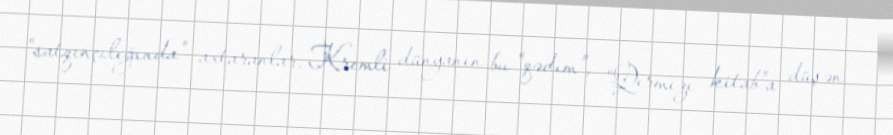
“satqınçılığında” axtaranlar, Kremli dünyanın bu “qədim”, “Qırmızı kitab”a düşən